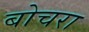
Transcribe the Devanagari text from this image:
बोचरा